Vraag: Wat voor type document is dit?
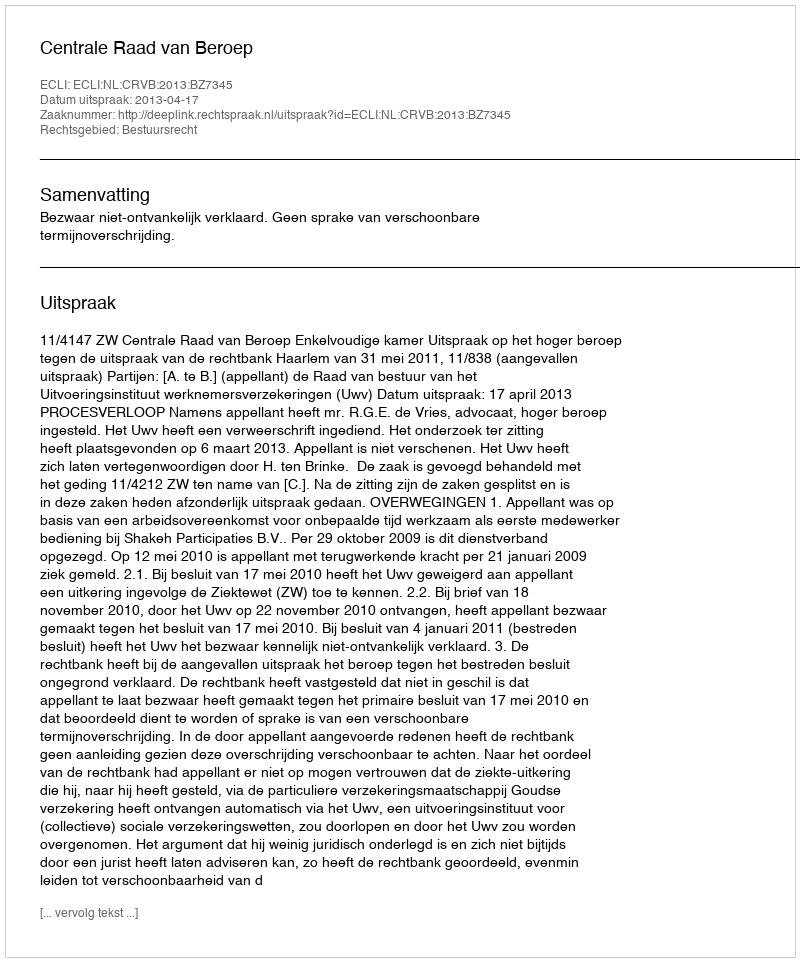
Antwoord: Uitspraak